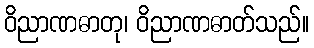
ဝိညာဏဓာတု၊ ဝိညာဏဓာတ်သည်။